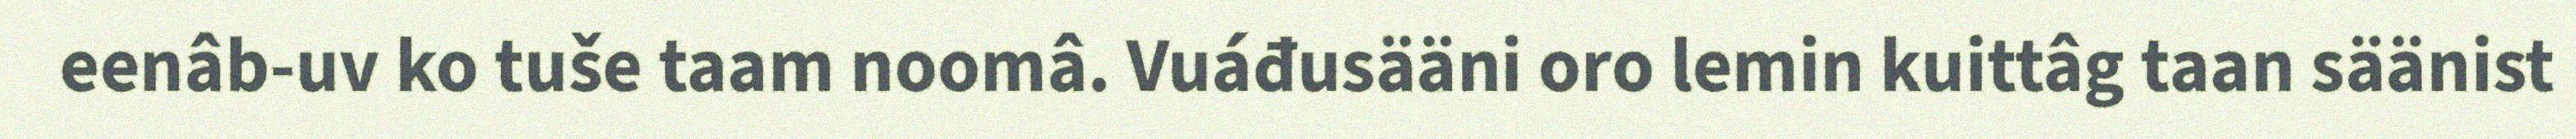
eenâb-uv ko tuše taam noomâ. Vuáđusääni oro lemin kuittâg taan säänist